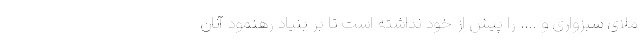
ملای سبزواری و .... را پیش از خود نداشته است تا بر بنیاد رهنمود آنان